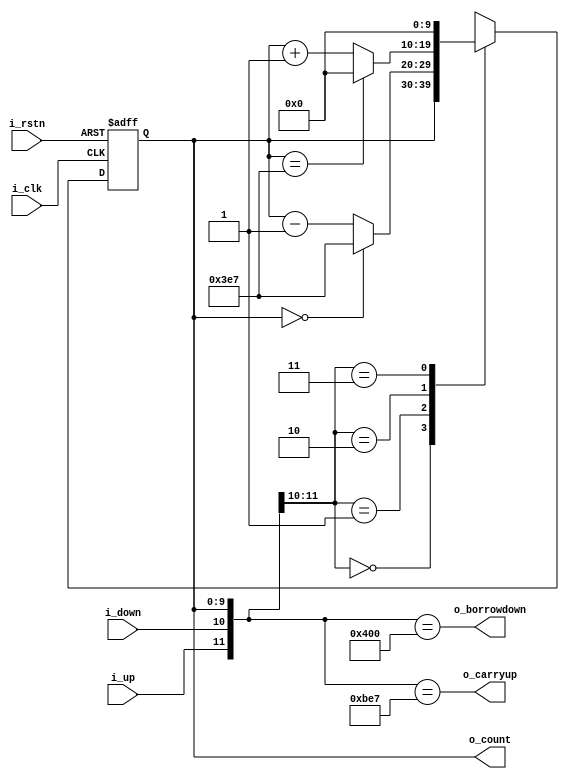
module CounterNNN(/*AUTOARG*/
   // Outputs
   o_carryup, o_borrowdown, o_count,
   // Inputs
   i_clk, i_rstn, i_up, i_down
   );
   input i_clk;
   input i_rstn;
   input i_up;
   input i_down;

   output o_carryup;
   output o_borrowdown;
   output [9:0] o_count;

   wire [9:0] w_next_countup;
   wire [9:0] w_next_countdown;
   reg [9:0]  r_count;

   assign w_next_countup = r_count == 10'd999 ? 10'd0 : r_count + 10'd1;
   assign w_next_countdown = r_count == 10'd0 ? 10'd999 : r_count - 10'd1;

   always @(posedge i_clk or negedge i_rstn) begin
      if (!i_rstn) r_count <= 10'd0;
      else
	case({i_up, i_down})
	  2'b00: r_count <= r_count;
	  2'b01: r_count <= w_next_countdown;
	  2'b10: r_count <= w_next_countup;
	  2'b11: r_count <= 10'd0;
	endcase // case ({i_up, i_down})
   end

   assign o_carryup = {i_up, i_down, r_count} == {2'b10, 10'd999};
   assign o_borrowdown = {i_up, i_down, r_count} == {2'b01, 10'd0};
   assign o_count = r_count;

endmodule // CounterNNN